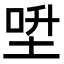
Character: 𡌍